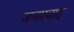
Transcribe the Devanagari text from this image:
जनप्रवाद